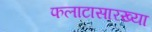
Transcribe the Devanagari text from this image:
फलाटासारख्या